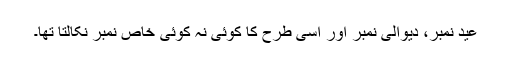
عید نمبر، دیوالی نمبر اور اسی طرح کا کوئی نہ کوئی خاص نمبر نکالتا تھا۔